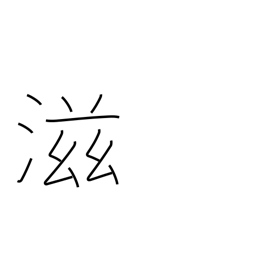
Meaning: more & more